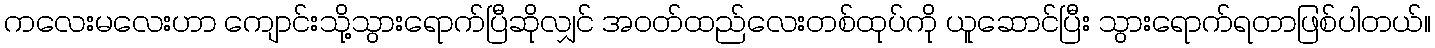
ကလေးမလေးဟာ ကျောင်းသို့သွားရောက်ပြီဆိုလျှင် အဝတ်ထည်လေးတစ်ထုပ်ကို ယူဆောင်ပြီး သွားရောက်ရတာဖြစ်ပါတယ်။